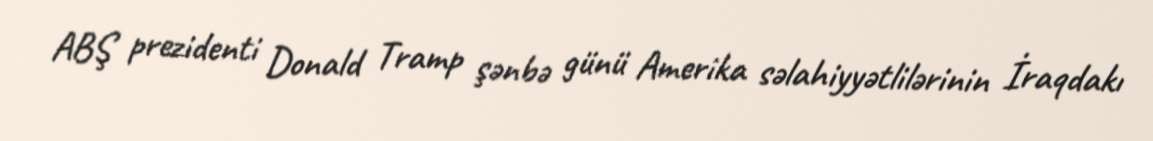
ABŞ prezidenti Donald Tramp şənbə günü Amerika səlahiyyətlilərinin İraqdakı